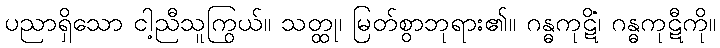
ပညာရှိသော ငါ့ညီသူကြွယ်။ သတ္ထု၊ မြတ်စွာဘုရား၏။ ဂန္ဓကုဋိံ၊ ဂန္ဓကုဋီကို။